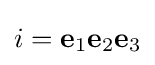
i=\mathbf {e} _{1}\mathbf {e} _{2}\mathbf {e} _{3}